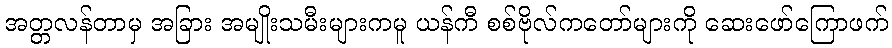
အတ္တလန်တာမှ အခြား အမျိုးသမီးများကမူ ယန်ကီ စစ်ဗိုလ်ကတော်များကို ဆေးဖော်ကြောဖက်